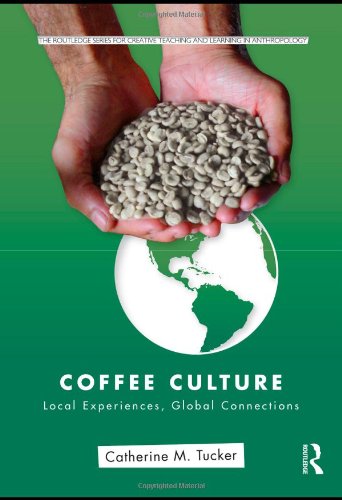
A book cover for Coffee Culture: Local Experiences, Global Connections (Routledge Series for Creative Teaching and Learning in Anthropology); Catherine M. Tucker; Cookbooks, Food & Wine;